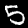
Label: 5